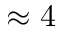
\approx 4